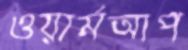
ওয়ার্মআপ